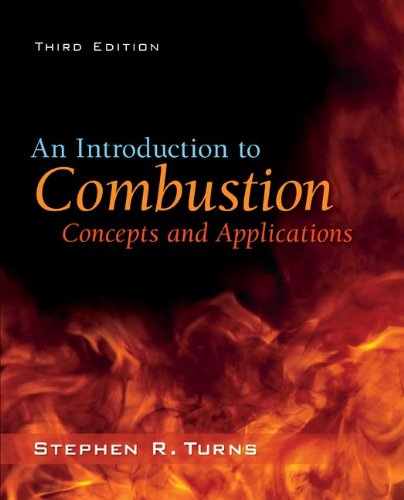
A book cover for An Introduction to Combustion: Concepts and Applications; Stephen Turns; Science & Math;